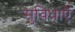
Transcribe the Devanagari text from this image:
सुविधाऍं